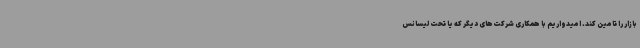
بازار را تامین کند. امیدواریم با همکاری شرکت‌های دیگر که یا تحت لیسانس